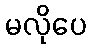
မလိုပေ